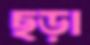
ছড়া